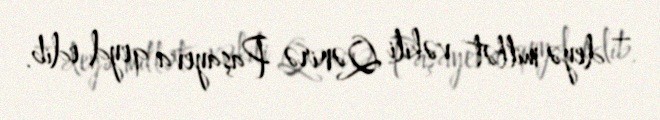
– deyə millət vəkili Qənirə Paşayeva qeyd edib.